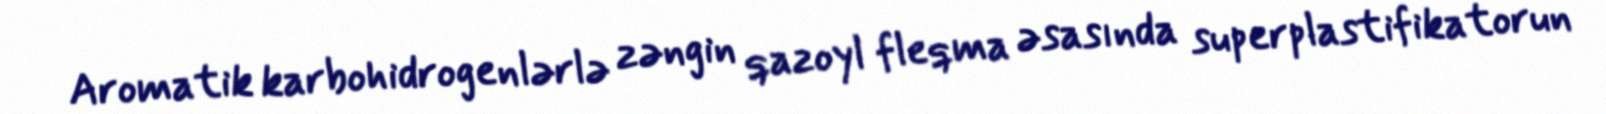
Aromatik karbohidrogenlərlə zəngin qazoyl fleqma əsasında superplastifikatorun